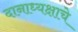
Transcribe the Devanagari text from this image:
दानाध्यक्षाचे